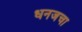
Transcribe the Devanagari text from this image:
धनजचा